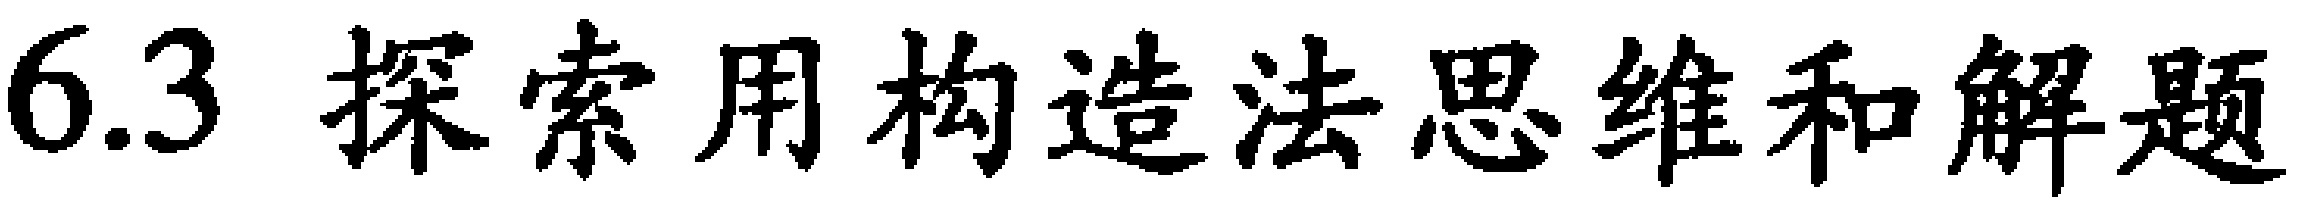
6.3 探索用构造法思维和解题